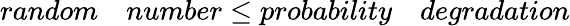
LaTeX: random\quad number\leq probability\quad degradation